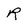
Character: R